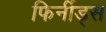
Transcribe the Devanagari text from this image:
फिर्नीड्स